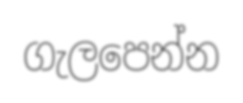
ගැලපෙන්න